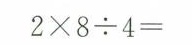
$$2 \times 8 \div 4 =$$